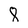
Character: 8